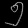
Digit: ၅